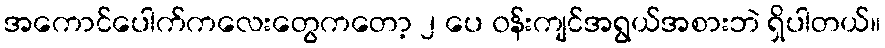
အကောင်ပေါက်ကလေးတွေကတော့ ၂ ပေ ၀န်းကျင်အရွယ်အစားဘဲ ရှိပါတယ်။